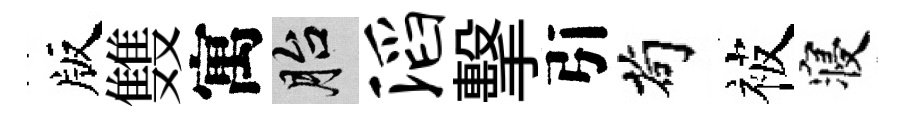
版䨇寓胎滔擊引茍被寝